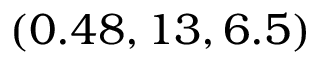
( 0 . 4 8 , 1 3 , 6 . 5 )